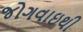
જોગવાઇથી